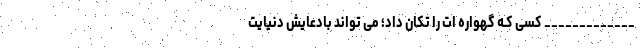
_____________ کسی کـه گهواره ات را تکان داد؛ می تواند بادعايش دنیایت